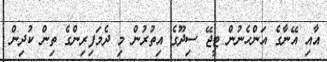
އާއި އޭނާގެ އަންހެނުން ޓީޖޭ ސިދޫގެ އިތުރުން މި ދެމަފިރިންގެ ތިން ކުދިން